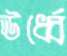
ঊর্ধ্বে